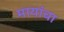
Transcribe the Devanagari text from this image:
मायांचा